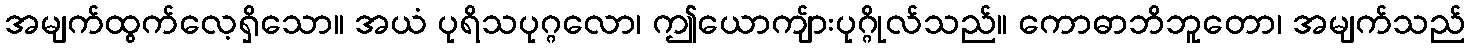
အမျက်ထွက်လေ့ရှိသော။ အယံ ပုရိသပုဂ္ဂလော၊ ဤယောကျ်ားပုဂ္ဂိုလ်သည်။ ကောဓာဘိဘူတော၊ အမျက်သည်